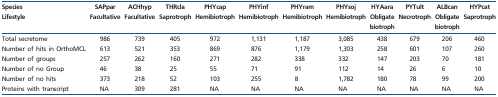
| Species | SAPpar | ACHhyp | THRcla | PHYcap | PHYinf | PHYram | PHYsoj | HYAara | PYTult | ALBcan | HYPcat |
 | Lifestyle | Facultative | Facultative | Saprotroph | Hemibiotroph | Hemibiotroph | Hemibiotroph | Hemibiotroph | Obligate biotroph | Necrotroph | Obligate biotroph | Saprotroph |
 | --- | --- | --- | --- | --- | --- | --- | --- | --- | --- | --- | --- |
 | Total secretome | 986 | 739 | 405 | 972 | 1,131 | 1,187 | 3,085 | 438 | 679 | 206 | 460 |
 | Number of hits in OrthoMCL | 613 | 521 | 353 | 869 | 876 | 1,179 | 1,303 | 258 | 601 | 107 | 260 |
 | Number of groups | 257 | 262 | 160 | 271 | 282 | 338 | 332 | 147 | 203 | 70 | 181 |
 | Number of no Group | 46 | 38 | 25 | 55 | 71 | 91 | 112 | 14 | 26 | 6 | 10 |
 | Number of no hits | 373 | 218 | 52 | 103 | 255 | 8 | 1,782 | 180 | 78 | 99 | 200 |
 | Proteins with transcript | NA | 309 | 281 | NA | NA | NA | NA | NA | NA | NA | NA |